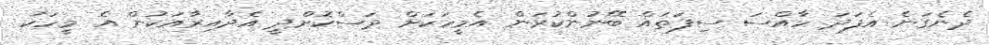
ދެނެގަނެ އެފަދަ ހާއްސަ ސިފަތައް ބޭނުންކުރަން އެމީހަކަށް ދަސްކޮށްދީ އެދާއިރާއަކުން އެ މީހަކު